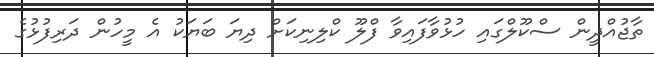
ތާޖުއްދީން ސްކޫލްގައި ހުޅުވާފައިވާ ފްލޫ ކްލިނިކަށް ދިޔަ ބަޔަކު އެ މީހުން ދަރިފުޅުގެ